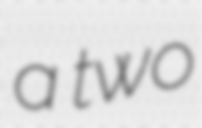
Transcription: a two